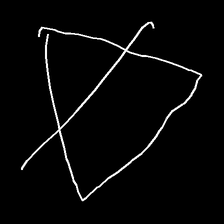
Glyph: empower